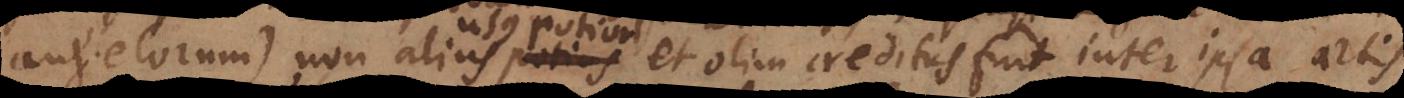
usus potior et olim creditus fuit inter ipsa artis